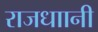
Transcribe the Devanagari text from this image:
राजधाानी